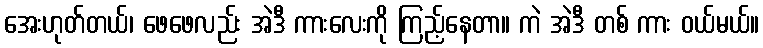
အေးဟုတ်တယ်၊ ဖေဖေလည်း အဲဒီ ကားလေးကို ကြည့်နေတာ။ ကဲ အဲဒီ တစ် ကား ဝယ်မယ်။